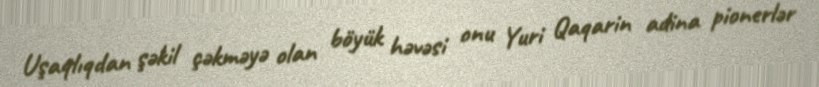
Uşaqlıqdan şəkil çəkməyə olan böyük həvəsi onu Yuri Qaqarin adina pionerlər